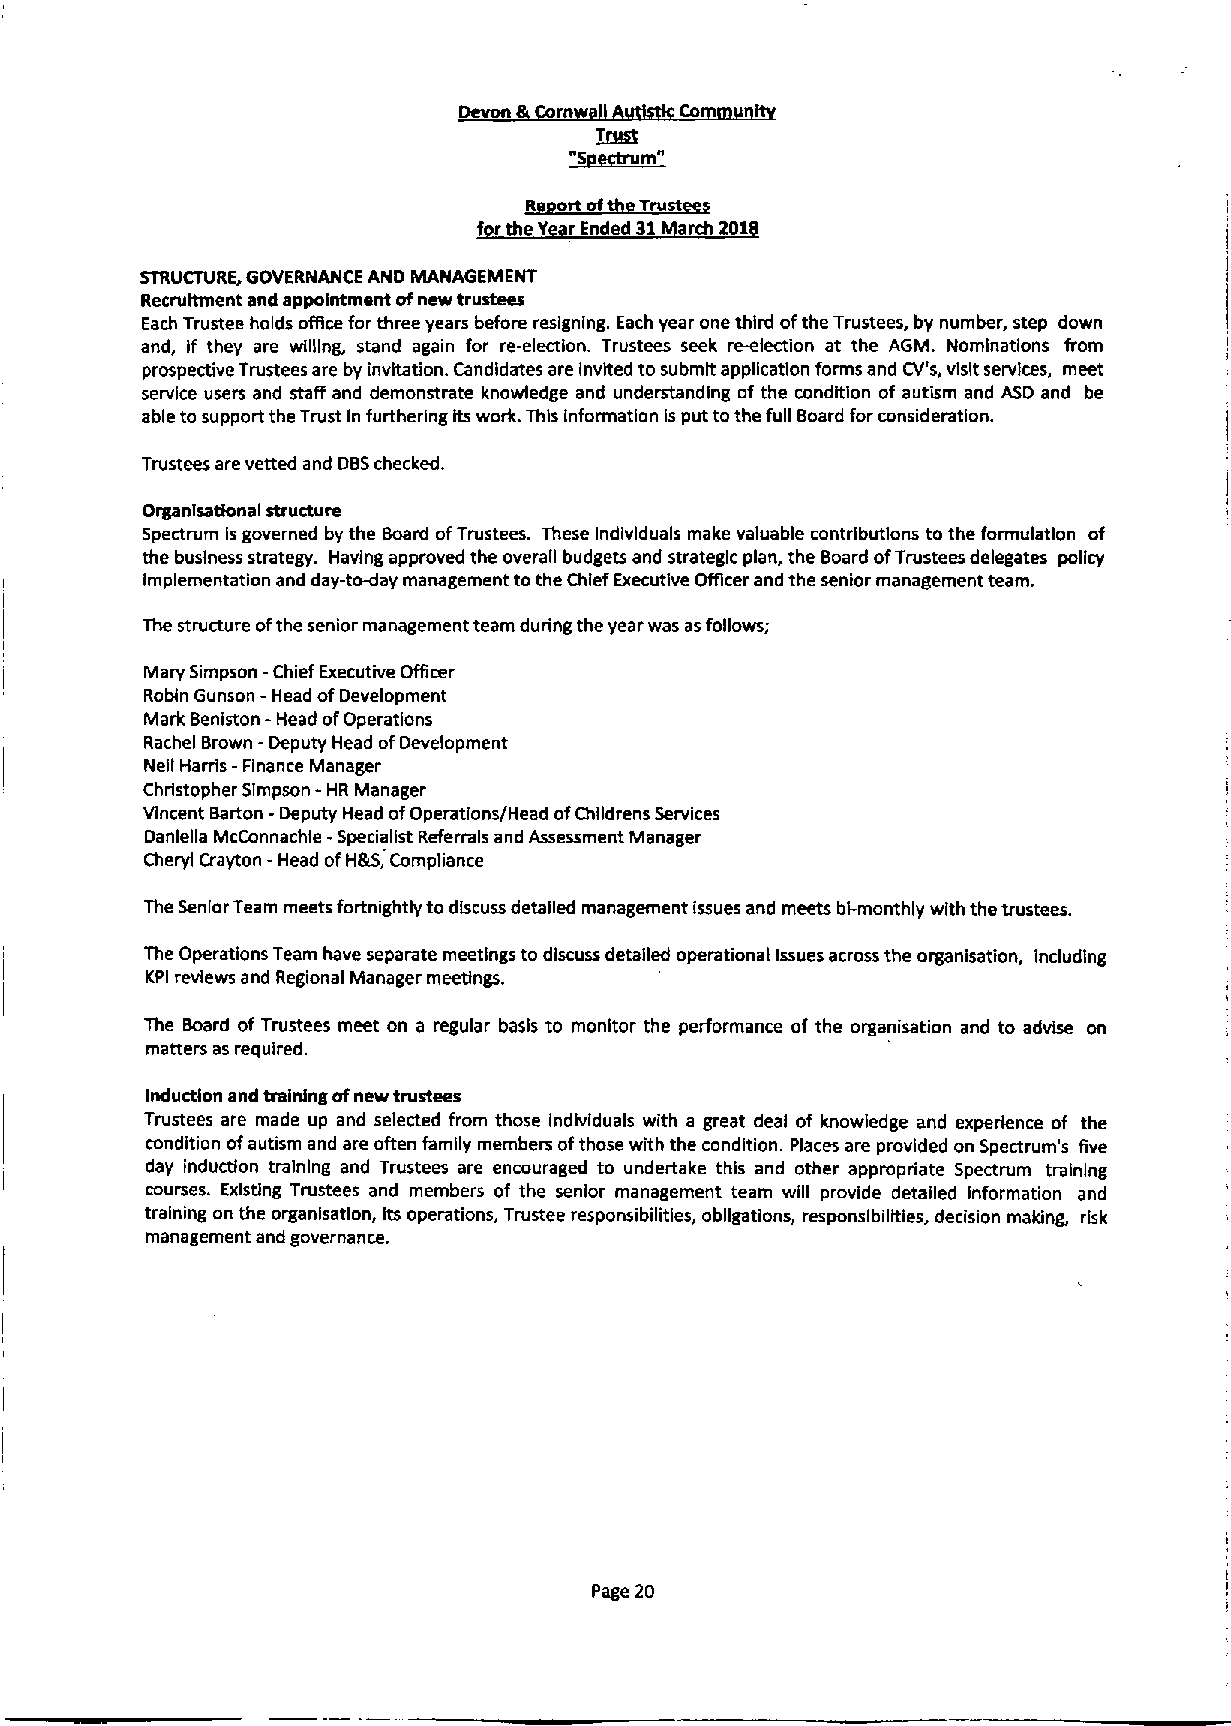
Devon  rn
 T~
 ggtrum"
 ~RBort oftbfLTru~st
 f r they r Ended 31 rch 201
 STRUCTURE, GOVERNANCE AND MANAGEMENT
 Recruitment and appointment ofnew trustees
 Each Trustee holds office for three years before resigning. Each year one third ofthe Trustees, by number, step down
 and, if they are willing, stand again for re-election. Trustees seek re-election at the AGM. Nominatlons from
 prospective Trustees are by invitation. Candidates are invited tosubmit application forms and CV's, visit services, meet
 service users and staff and demonstrate knowledge and understanding of the condition of autism and ASD and be
 able to support the Trust In furthering its work. This information isput tothe full Board forconsideration.
 Trustees are vetted and DBSchecked.
 Organlsatlonal structure
 Spectrum Isgoverned by the Board ofTrustees. These Individuals make valuable contributions to the formulation of
 the business strategy. Having approved the overall budgets and strategic plan, the Board ofTrustees delegates policy
 implementation and day-to-day management tothe Chief Executive Officer and the senior management team.
 The structure ofthe senior management team during the year was asfollows;
 Mary Simpson -Chief Executive Officer
 Robin Gunson - Head ofDevelopment
 Mark Beniston - Head ofOperations
 Rachel Brown -Deputy Head ofDevelopment
 Neil Harris -Finance Manager
 -
 Christopher Simpson HR Manager
 Vincent Barton -Deputy Head ofOperations/Head ofChlldrens Services
 Danlella McConnachle -Specialist Referrals and Assessment Manager
 Cheryl Crayton -Head ofH&S, Compliance
 The Senior Team meets fortnightly to discuss detailed management issues and meets bl-monthly with the trustees,
 The Operations Team have separate meetings to discuss detaged operational Issues across the organisation, including
 KPI reviews and Regional Manager meetings.
 The Board of Trustees meet on a regular basis to monitor the performance of the organisation and to advise on
 matters as required.
 Induction and training ofnew trustees
 Trustees are made up and selected from those individuals with a great deal of knowledge and experience of the
 condition ofautism and are often family members ofthose with the condition. Places are provided on Spectrum's five
 day induction training and Trustees are encouraged to undertake this and other appropriate Spectrum tmlnlng
 courses. Existing Trustees and members of the senior management team will provide detailed information and
 training on the organlsatlon, Its operations, Trustee responsibilities, obligations, responsibilities, decision maldng, risk
 management and governance.
 Page 20